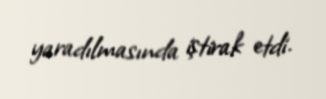
yaradılmasında iştirak etdi.